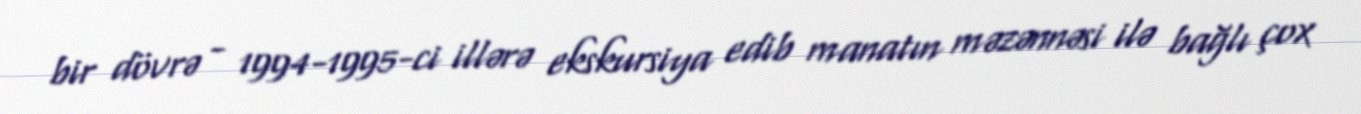
bir dövrə - 1994-1995-ci illərə ekskursiya edib manatın məzənnəsi ilə bağlı çox